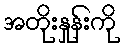
အတိုးနှုန်းကို